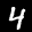
Label: 4